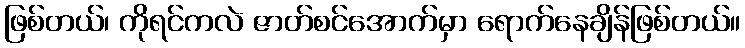
ဖြစ်တယ်၊ ကိုရင်ကလဲ ဇာတ်စင်အောက်မှာ ရောက်နေချိန်ဖြစ်တယ်။